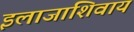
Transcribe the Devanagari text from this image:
इलाजाशिवाय